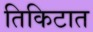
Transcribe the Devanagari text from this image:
तिकिटात